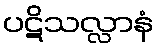
ပဋိသလ္လာနံ